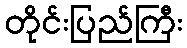
တိုင်းပြည်ကြီး